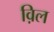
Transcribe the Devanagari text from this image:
व़िल